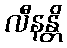
လီနန္တိ